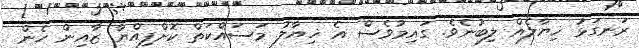
ރަނގަޅު ޚިޔާލެއް ލިބުނެވެ. ގައިމުވެސް އެ ޚިޔާލު މަސައްކަތް ކޮށްފިއްޔާ ޒާއިން ހެން